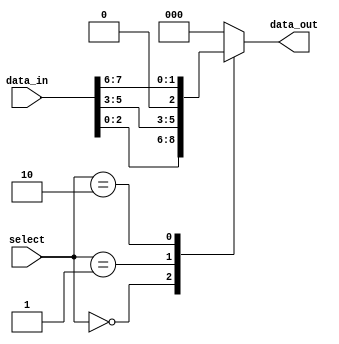
module part_select_assign (
    input [7:0] data_in,
    input [2:0] select,
    output reg [2:0] data_out
);

always @* begin
    case(select)
        3'b000: data_out = data_in[0:2]; // Select bits 0 to 2 of data_in
        3'b001: data_out = data_in[3:5]; // Select bits 3 to 5 of data_in
        3'b010: data_out = data_in[6:7]; // Select bits 6 to 7 of data_in
        default: data_out = 0; // Default value
    endcase
end

endmodule